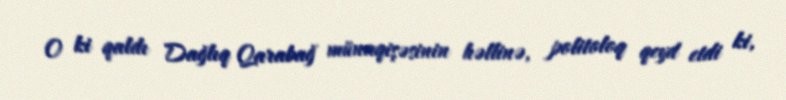
O ki qaldı Dağlıq Qarabağ münaqişəsinin həllinə, politoloq qeyd etdi ki,